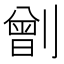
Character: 𠟂